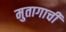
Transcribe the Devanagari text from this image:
मुतागाची